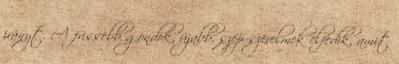
irányt. A frissebb gondok, újabb, szép szerelmek elfedik, amit